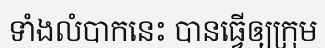
ទាំងលំបាកនេះ បានធ្វើឲ្យក្រុម